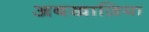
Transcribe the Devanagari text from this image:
अबखाज़िया